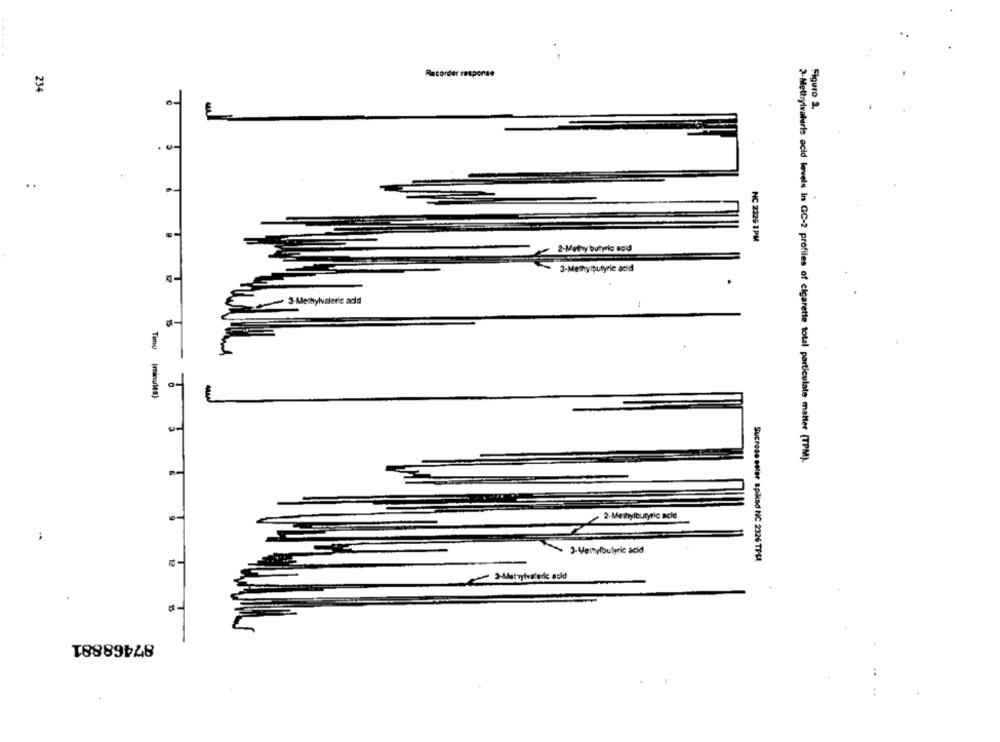
Recorder response
234
Figuro 2.
..
NC 2326 1PM
2-Methy butwic sold
3-Mathy butyric acid
3-Methylvaleric add
1
Time (minutes)
3
2-Meltylvalerie acid levels in GC-2 profiles of cigarette total particulate matter (TPM).
0-
2-Methylbutyric acle
3-Methylbutyric acid
Sucrose ester spillod NC 2326 TPLI
87468881